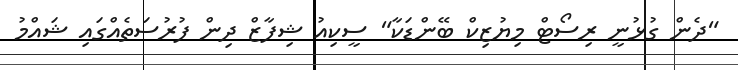
"ދެން ގުޅުނީ ރިސޯޓް މިޔުޒިކް ބޭންޑަކާ" ސީކިއު ޝިފާޒް ދިން ފުރުސަތެއްގައި ޝައްމު